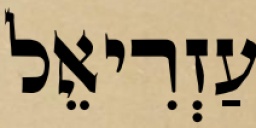
עַזְרִיאֵל